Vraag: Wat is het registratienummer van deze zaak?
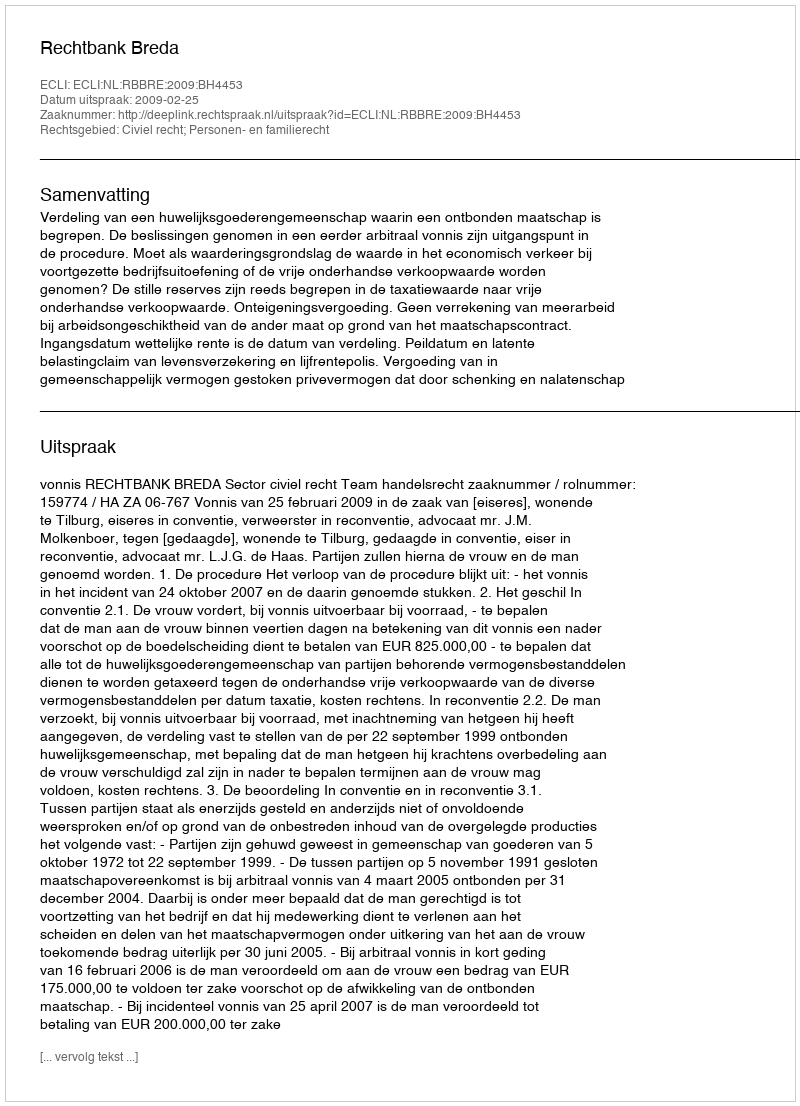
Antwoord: http://deeplink.rechtspraak.nl/uitspraak?id=ECLI:NL:RBBRE:2009:BH4453